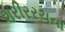
શરીરરચના